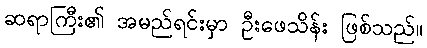
ဆရာကြီး၏ အမည်ရင်းမှာ ဦးဖေသိန်း ဖြစ်သည်။